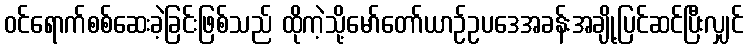
ဝင်ရောက်စစ်ဆေးခဲ့ခြင်းဖြစ်သည် ထိုကဲ့သို့မော်တော်ယာဉ်ဥပဒေအခန်းအချို့ပြင်ဆင်ပြီးလျှင်